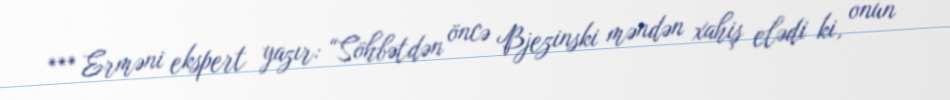
*** Erməni ekspert yazır: “Söhbətdən öncə Bjezinski məndən xahiş elədi ki, onun